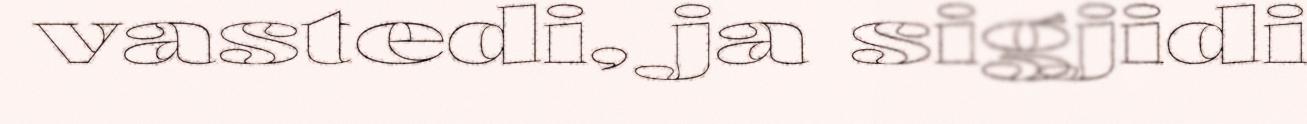
vastedi, ja sigjidi